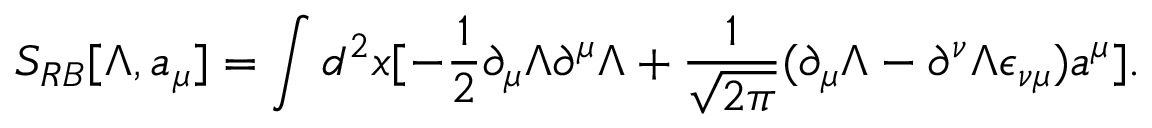
S _ { R B } [ \Lambda , a _ { \mu } ] = \int d ^ { 2 } x [ - \frac { 1 } { 2 } \partial _ { \mu } \Lambda \partial ^ { \mu } \Lambda + \frac { 1 } { \sqrt { 2 \pi } } ( \partial _ { \mu } \Lambda - \partial ^ { \nu } \Lambda \epsilon _ { \nu \mu } ) a ^ { \mu } ] .